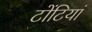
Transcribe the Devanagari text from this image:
टोंटियां